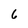
Character: 6